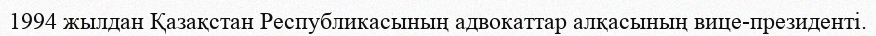
1994 жылдан Қазақстан Республикасының адвокаттар алқасының вице-президенті.